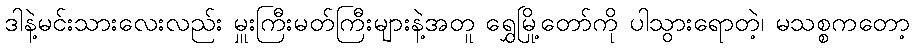
ဒါနဲ့မင်းသားလေးလည်း မှူးကြီးမတ်ကြီးများနဲ့အတူ ရွှေမြို့တော်ကို ပါသွားရောတဲ့၊ မသစ္စကတော့